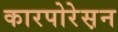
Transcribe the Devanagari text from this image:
कारपोरेस़न